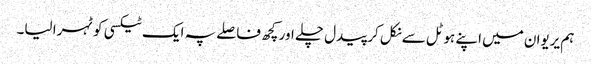
ہم یریوان میں اپنے ہوٹل سے نکل کر پیدل چلے اور کچھ فاصلے پہ ایک ٹیکسی کو ٹہرا لیا۔